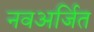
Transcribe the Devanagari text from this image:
नवअर्जित